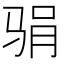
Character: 𱅖